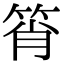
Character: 筲